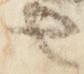
也